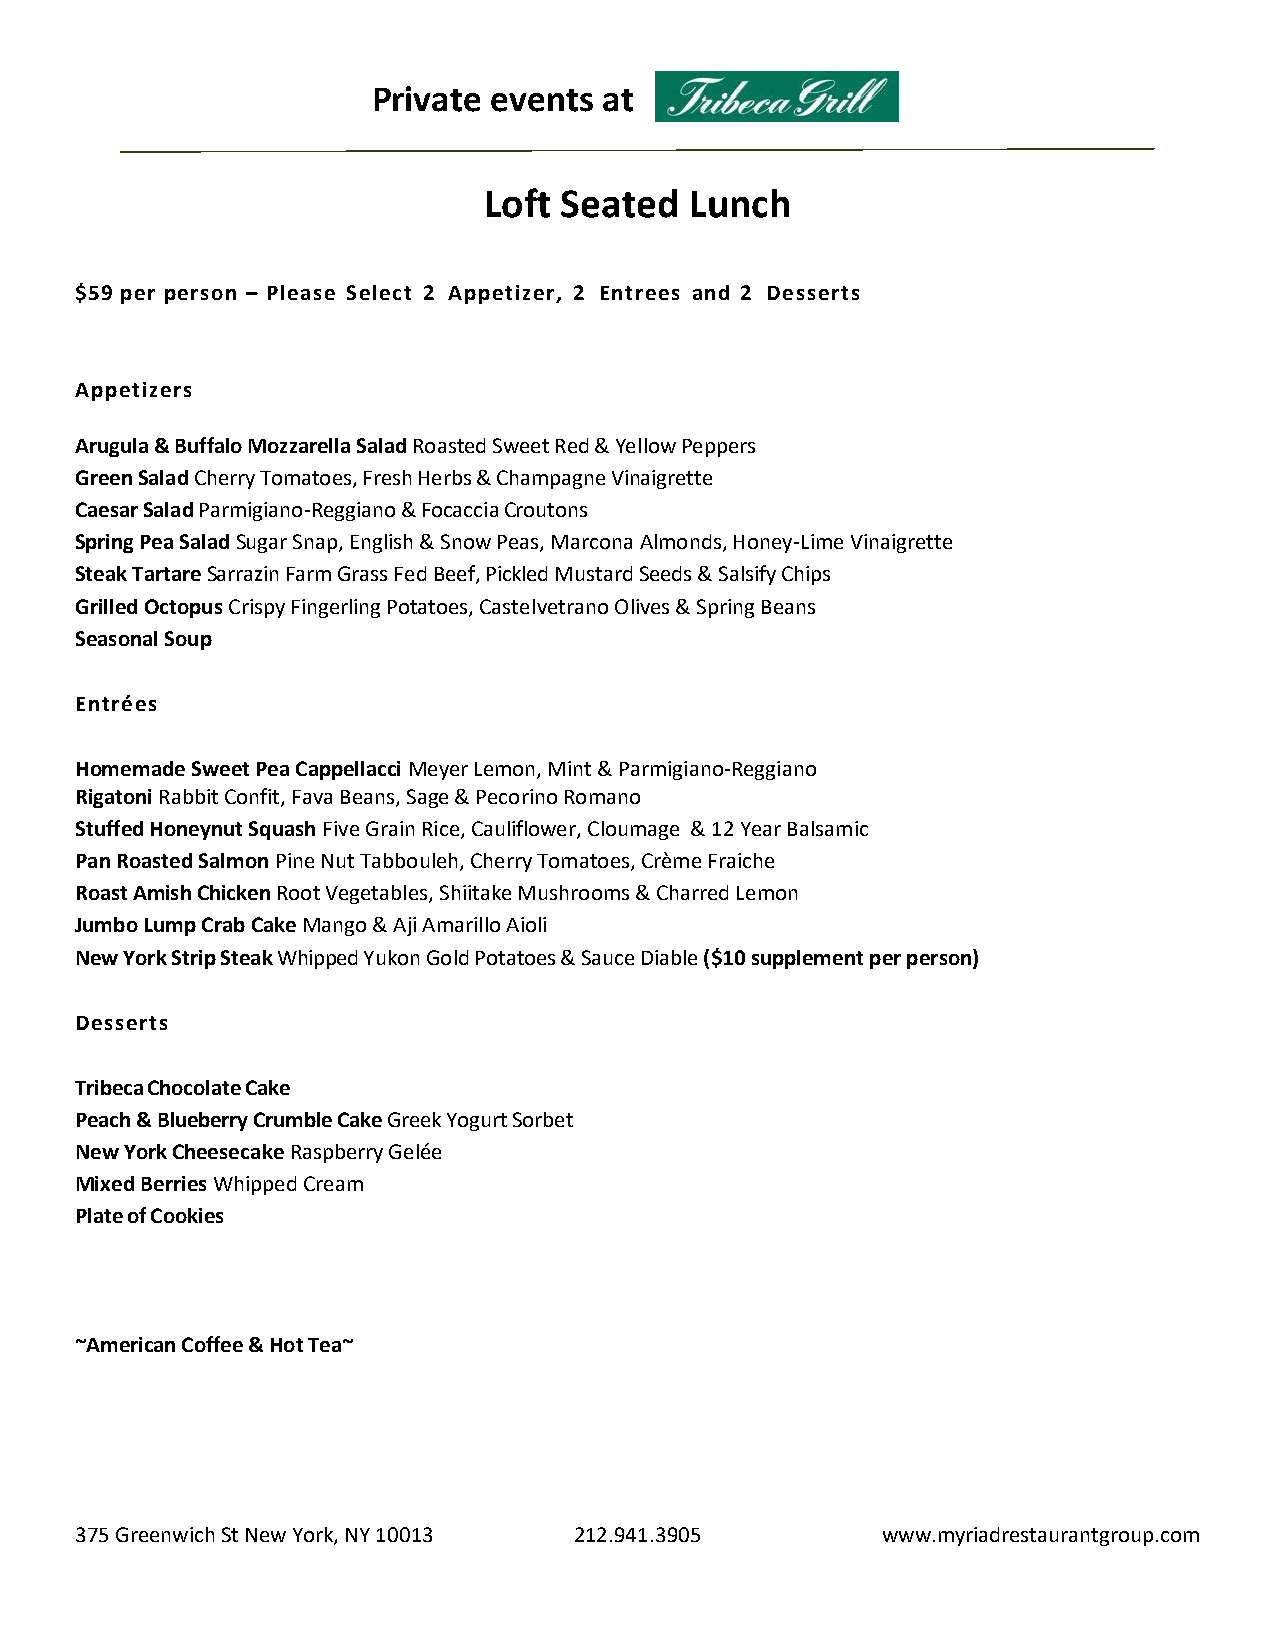
Private events at
 Loft Seated   Lunch
 $59 per person – Please Select 2 Appetizer, 2 Entrees and 2 Desserts
 Appetizers
 Arugula & Buffalo Mozzarella Salad Roasted Sweet Red & Yellow Peppers
 Green Salad Cherry Tomatoes, Fresh Herbs & Champagne Vinaigrette
 Caesar Salad Parmigiano-Reggiano & Focaccia Croutons
 Spring Pea Salad Sugar Snap, English & Snow Peas, Marcona Almonds, Honey-Lime Vinaigrette
 Steak Tartare Sarrazin Farm Grass Fed Beef, Pickled Mustard Seeds & Salsify Chips
 Grilled Octopus Crispy Fingerling Potatoes, Castelvetrano Olives & Spring Beans
 Seasonal Soup
 Entrées
 Homemade Sweet Pea Cappellacci Meyer Lemon, Mint & Parmigiano-Reggiano
 Rigatoni Rabbit Confit, Fava Beans, Sage & Pecorino Romano
 Stuffed Honeynut Squash Five Grain Rice, Cauliflower, Cloumage & 12 Year Balsamic
 Pan Roasted Salmon Pine Nut Tabbouleh, Cherry Tomatoes, Crème Fraiche
 Roast Amish Chicken Root Vegetables, Shiitake Mushrooms & Charred Lemon
 Jumbo Lump Crab Cake Mango & Aji Amarillo Aioli
 New York Strip Steak Whipped Yukon Gold Potatoes & Sauce Diable ($10 supplement per person)
 Desserts
 Tribeca Chocolate Cake
 Peach & Blueberry Crumble Cake Greek Yogurt Sorbet
 New York Cheesecake Raspberry Gelée
 Mixed Berries Whipped Cream
 Plate of Cookies
 ~American Coffee & Hot Tea~
 375 Greenwich St New York, NY 10013 212.941.3905     www.myriadrestaurantgroup.com